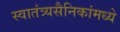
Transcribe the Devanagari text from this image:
स्वातंत्र्यसैनिकांमध्ये